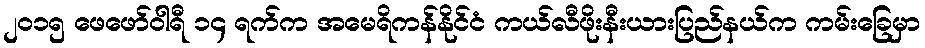
၂၀၁၅ ဖေဖော်ဝါရီ ၁၄ ရက်က အမေရိကန်နိုင်ငံ ကယ်လီဖိုးနီးယားပြည်နယ်က ကမ်းခြေမှာ